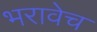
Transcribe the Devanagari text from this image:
भरावेच